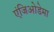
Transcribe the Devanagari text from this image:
एंजिओडेमा